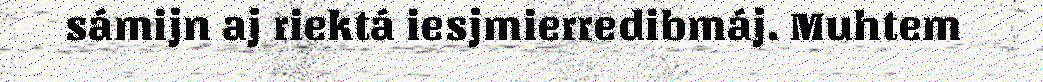
sámijn aj riektá iesjmierredibmáj. Muhtem